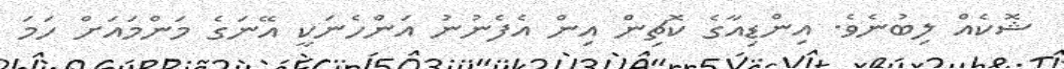
ޝޮކެއް ލިބުނެވެ. އިންޑިއާގެ ކޮޗިން އިން އެފެނުނު އަންހެނަކީ އޭނަގެ މަންމައަށް ހަމަ